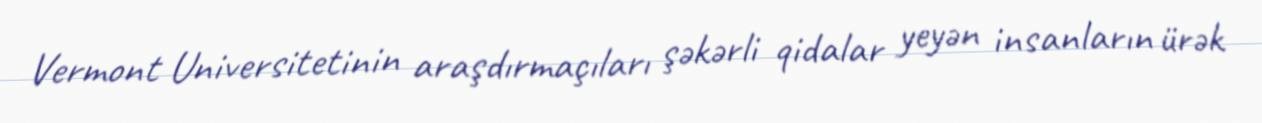
Vermont Universitetinin araşdırmaçıları şəkərli qidalar yeyən insanların ürək